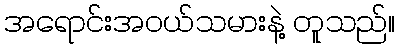
အရောင်းအဝယ်သမားနဲ့ တူသည်။